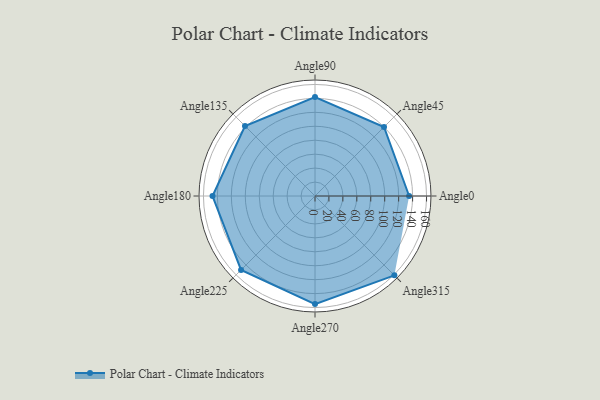
{"axis": {"x": "Angle", "y": "Radius"}, "legend": [""], "data": [{"x": "Angle0", "y": 135.0, "type": ""}, {"x": "Angle45", "y": 140.0, "type": ""}, {"x": "Angle90", "y": 142.0, "type": ""}, {"x": "Angle135", "y": 142.0, "type": ""}, {"x": "Angle180", "y": 147.0, "type": ""}, {"x": "Angle225", "y": 150.0, "type": ""}, {"x": "Angle270", "y": 155.0, "type": ""}, {"x": "Angle315", "y": 161.0, "type": ""}]}